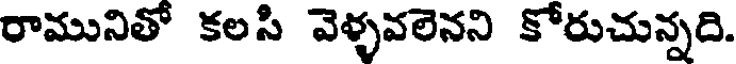
రామునితో కలసి వెళ్ళవలెనని కోరుచున్నది.